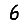
Digit: 6